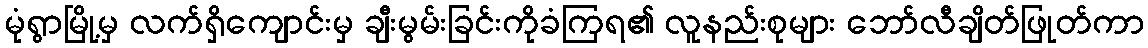
မုံရွာမြို့မှ လက်ရှိကျောင်းမှ ချီးမွမ်းခြင်းကိုခံကြရ၏ လူနည်းစုများ ဘော်လီချိတ်ဖြုတ်ကာ